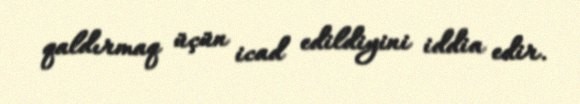
qaldırmaq üçün icad edildiyini iddia edir.